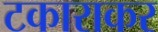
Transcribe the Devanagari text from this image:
टकाराकर